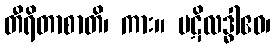
တီရိတာစာတိ၊ ကား။ ပဋိလဒ္ဓါဧဝ၊